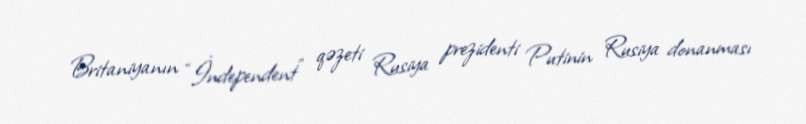
Britaniyanın “İndependent” qəzeti Rusiya prezidenti Putinin Rusiya donanması